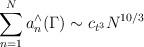
LaTeX: \begin{align*} \sum_{n=1}^Na_n^\wedge(\Gamma) \sim c_{t^3}N^{10/3} \end{align*}